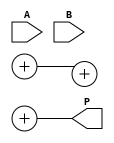
module AdaptiveWallaceTreeMultiplier #(parameter N = 8) (
    input  wire [N-1:0] A,
    input  wire [N-1:0] B,
    output wire [2*N-1:0] P
);

// Partial Product generation
wire [N-1:0] pp[N-1:0]; // partial products

genvar i;
generate
    for (i = 0; i < N; i = i + 1) begin : pp_gen
        assign pp[i] = A & {N{B[i]}};
    end
endgenerate

// Wallace Tree Reduction Logic
wire [2*N-1:0] sum_reg [N:0];
wire carry_reg [N:0];

assign sum_reg[0] = {N{1'b0}}; // Initializing the first sum

// First stage of reduction
wire [N-1:0] carry_out;
genvar j;
generate
    for (j = 0; j < N; j = j + 1) begin : wallace_reduce
        if(j < N/3) begin
            // Grouping bits in sets of three
            wire [2:0] bits = {pp[j][0], pp[j][1], pp[j][2]}; // Take 3 bits
            assign {carry_out[j], sum_reg[1][j]} = bits[0] + bits[1] + bits[2]; // Full Adder
        end
    end
endgenerate

// Subsequent stages of reduction
genvar k;
generate
    for (k = 1; k < N; k = k + 1) begin : next_stage
        if (k % 3 == 0) begin
            // Continue reduction
            wire [2:0] bits = {sum_reg[k-1][k-2], sum_reg[k-1][k-1], carry_out[k-1]};
            assign {carry_reg[k], sum_reg[k+1][k]} = bits[0] + bits[1] + bits[2];
        end
    end
endgenerate

// Final Addition - Using a simple binary adder for demonstration
wire [2*N-1:0] final_sum;
wire final_carry;

assign {final_carry, final_sum} = sum_reg[N-1] + carry_reg[N-1];

// Output product
assign P = {final_carry, final_sum};

// Control logic for adaptive behaviour
// This is a placeholder - in actual implementation you would have control 
// signals to adjust stages dynamically and handle overflow
// Here we assume a static design based on N

endmodule